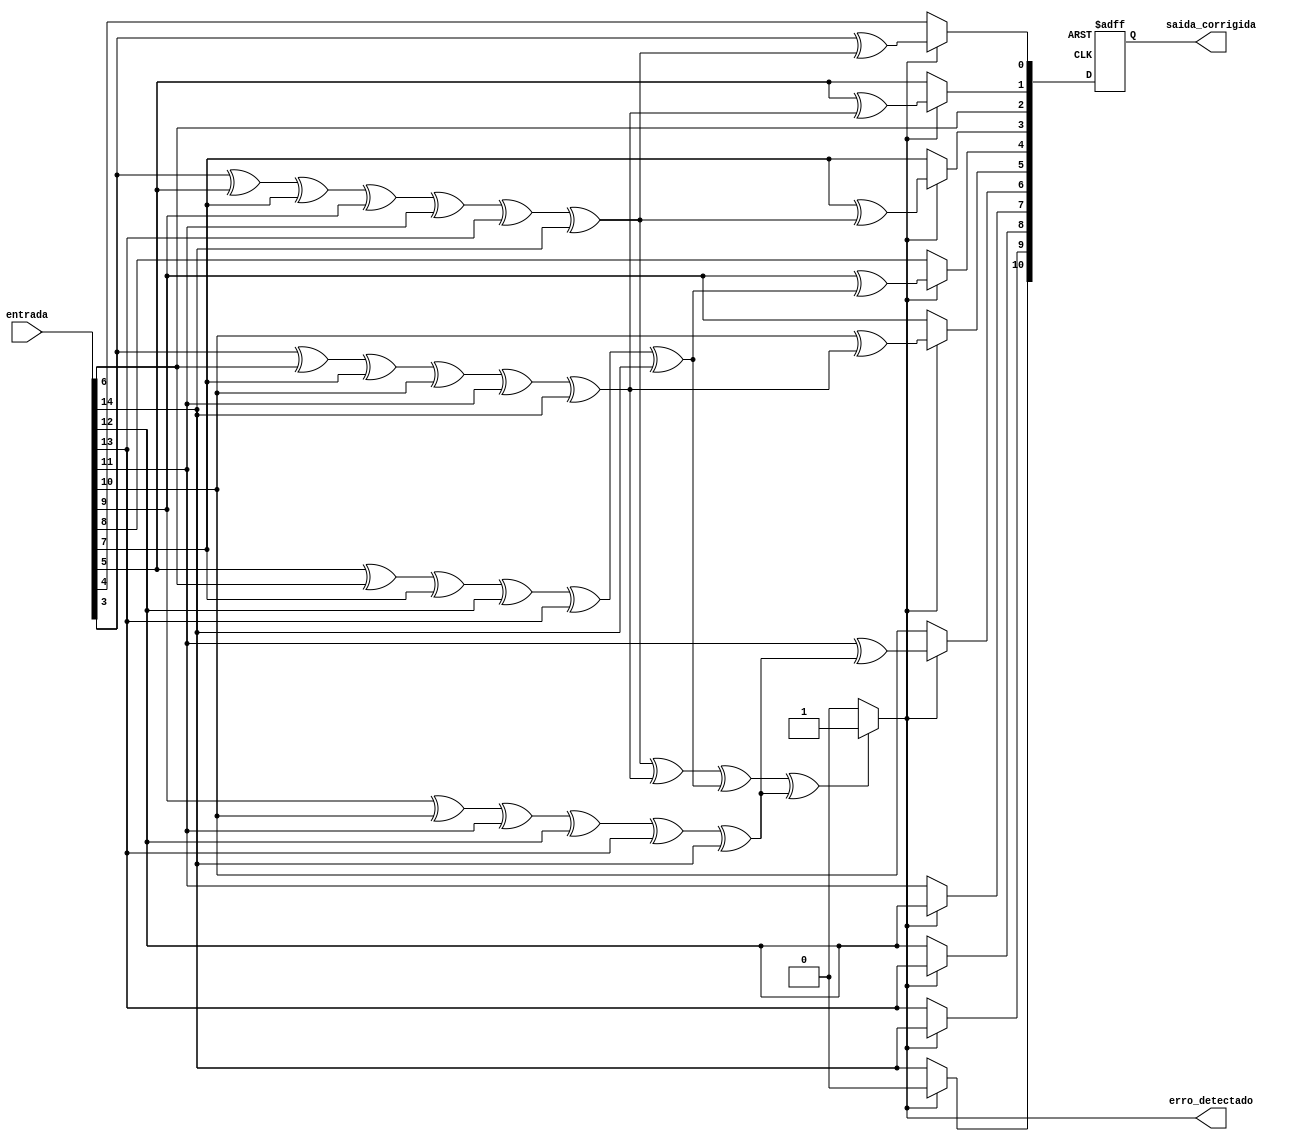
module corretor_hamming (
  input [14:0] entrada,
  output reg [10:0] saida_corrigida,
  output reg erro_detectado
);

  reg [10:0] entrada_corrigida;
  reg [3:0] erro;

  // Cálculo dos bits de paridade
  assign erro[0] = entrada[3] ^ entrada[5] ^ entrada[7] ^ entrada[9] ^ entrada[11] ^ entrada[13] ^ entrada[14]; // p1 
  assign erro[1] = entrada[3] ^ entrada[6] ^ entrada[7] ^ entrada[10] ^ entrada[11] ^ entrada[14]; // p2
  assign erro[2] = entrada[5] ^ entrada[6] ^ entrada[7] ^ entrada[12] ^ entrada[13] ^ entrada[14]; // p4
  assign erro[3] = entrada[9] ^ entrada[10] ^ entrada[11] ^ entrada[12] ^ entrada[13] ^ entrada[14]; // p8

  // Verifica se há erro
  always @* begin
    erro_detectado = (erro[0] ^ erro[1] ^ erro[2] ^ erro[3]) ? 1 : 0;
  end

  // Corrige o erro
  always @(posedge clk or posedge rst) begin
    if (rst) begin
      // Resetando o circuito
      entrada_corrigida <= 11'b00000000000;
    end else if (erro_detectado) begin
      // Correção do erro
      entrada_corrigida[0] = entrada[3] ^ erro[0];
      entrada_corrigida[1] = entrada[5] ^ erro[1];
      entrada_corrigida[2] = entrada[6];
      entrada_corrigida[3] = entrada[7] ^ erro[0];
      entrada_corrigida[4] = entrada[9] ^ erro[2];
      entrada_corrigida[5] = entrada[10] ^ erro[1];
      entrada_corrigida[6] = entrada[11] ^ erro[3];
      entrada_corrigida[7] = entrada[12];
      entrada_corrigida[8] = entrada[13];
      entrada_corrigida[9] = entrada[14];
      entrada_corrigida[10] = 0; // O bit de paridade p16 é removido
    end else begin
      // Sem erro, cópia direta
      entrada_corrigida <= entrada[14:4];
    end
  end

  // Saída corrigida
  always @* begin
    saida_corrigida = entrada_corrigida;
  end

endmodule